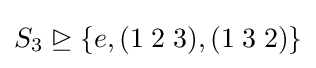
S_{3}\trianglerighteq \{e,(1\;2\;3),(1\;3\;2)\}